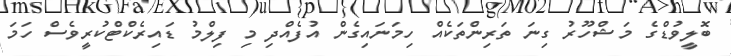
ބޮލީވުޑްގެ މަޝްހޫރު ގިނަ ތަރިންތަކެއް ހިމަނައިގެން އުފެއްދި މި ފިލްމު ޑައިރެކްޓްކުރީވެސް ހަމަ